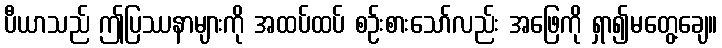
ပီယာသည် ဤပြဿနာများကို အထပ်ထပ် စဉ်းစားသော်လည်း အဖြေကို ရှာ၍မတွေ့ချေ။